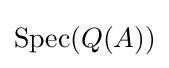
\operatorname {Spec} (Q(A))